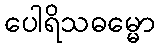
ပေါရိသဓမ္မော